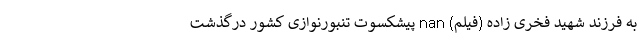
به فرزند شهید فخری زاده (فیلم) nan پیشکسوت تنبورنوازی کشور درگذشت